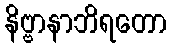
နိဗ္ဗာနာဘိရတော